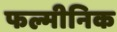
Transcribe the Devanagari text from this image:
फल्मीनिक